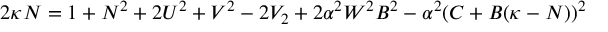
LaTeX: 2 \kappa N = 1 + N ^ { 2 } + 2 U ^ { 2 } + V ^ { 2 } - 2 V _ { 2 } + 2 \alpha ^ { 2 } W ^ { 2 } B ^ { 2 } - \alpha ^ { 2 } ( C + B ( \kappa - N ) ) ^ { 2 }